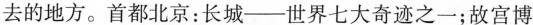
去的地方。首都北京：长城--世界七大奇迹之一；故宫博